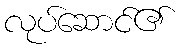
လုပ်ဆောင်၏